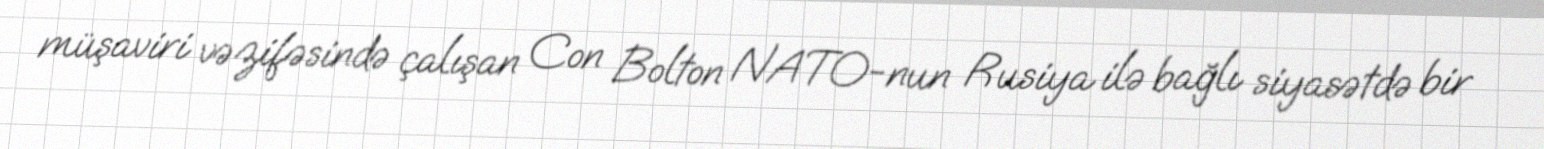
müşaviri vəzifəsində çalışan Con Bolton NATO-nun Rusiya ilə bağlı siyasətdə bir